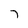
Character: 7